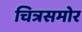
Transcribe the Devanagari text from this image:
चित्रसमोर